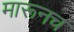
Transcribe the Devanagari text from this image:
मारूनच